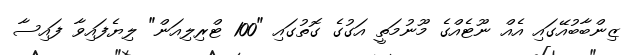
ޒިންބާބުއޭގައި އެއް ނޫޓެއްގެ މޫނުމަތީ އަގުގެ ގޮތުގައި "100 ޓްރިލިއަން" ލިޔެފައިވާ ފައިސާ